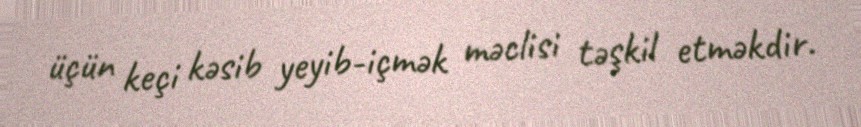
üçün keçi kəsib yeyib-içmək məclisi təşkil etməkdir.